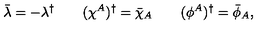
\bar { \lambda } = - \lambda ^ { \dagger } \qquad ( \chi ^ { A } ) ^ { \dagger } = \bar { \chi } _ { A } \qquad ( \phi ^ { A } ) ^ { \dagger } = \bar { \phi } _ { A } ,